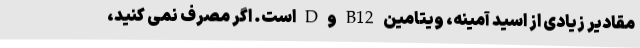
مقادیر زیادی از اسید آمینه، ویتامین B12 و D است. اگر مصرف نمی کنید،